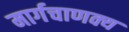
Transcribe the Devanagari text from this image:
मार्गचाणक्य